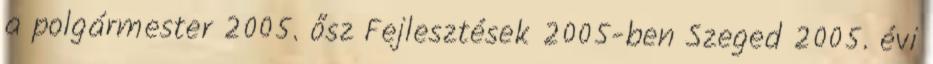
a polgármester 2005. ősz Fejlesztések 2005-ben Szeged 2005. évi